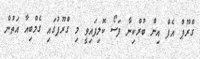
ގްރޫޕް އެފް އިން ބުރްކިނާ ފަސޯ ކޮލިފައިވީ މި ގްރޫޕުގައި ގެމްބިއާ އަތުން